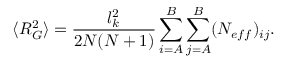
\langle R _ { G } ^ { 2 } \rangle = \frac { l _ { k } ^ { 2 } } { 2 N ( N + 1 ) } \sum _ { i = A } ^ { B } \sum _ { j = A } ^ { B } ( N _ { e f f } ) _ { i j } .